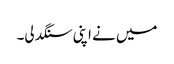
میں نے اپنی سنگدلی۔